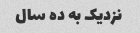
نزدیک به ده سال